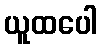
ယူထပေါ